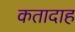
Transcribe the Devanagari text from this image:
कतादाह